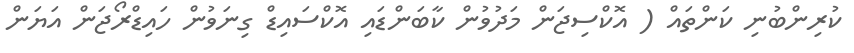
ކުރިންބުނި ކަންތައް ( އޮކްސިޖަން މަދުވުން ކާބަންޑައި އޮކްސައިޑް ގިނަވުން ހައިޑްރޯޖަން އަޔަން